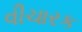
વીચારક